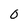
Character: O